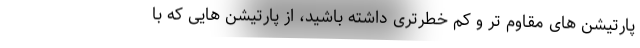
پارتیشن های مقاوم تر و کم خطرتری داشته باشید، از پارتیشن هایی که با